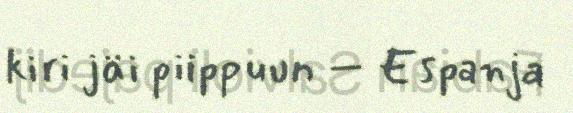
kiri jäi piippuun – Espanja